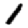
Digit: 1